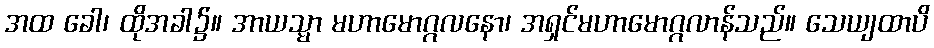
အထ ခေါ၊ ထိုအခါ၌။ အာယသ္မာ မဟာမောဂ္ဂလနော၊ အရှင်မဟာမောဂ္ဂလာန်သည်။ သေယျထာပိ